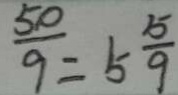
\frac { 5 0 } { 9 } = 5 \frac { 5 } { 9 }